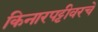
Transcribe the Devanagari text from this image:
किनारपट्टीवरचे